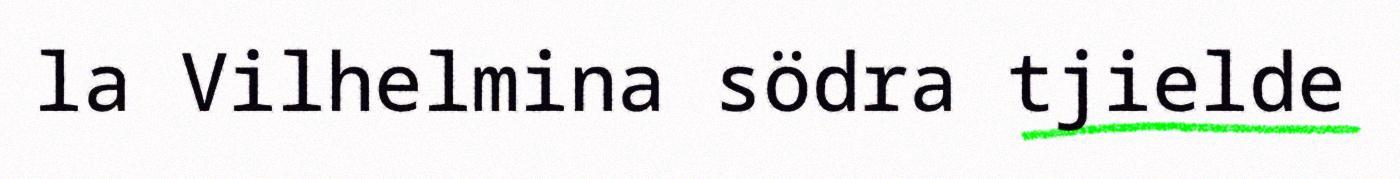
la Vilhelmina södra tjielde